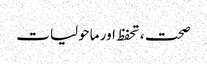
صحت ، تحفظ اور ماحولیات